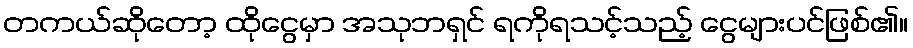
တကယ်ဆိုတော့ ထိုငွေမှာ အသုဘရှင် ရကိုရသင့်သည့် ငွေများပင်ဖြစ်၏။